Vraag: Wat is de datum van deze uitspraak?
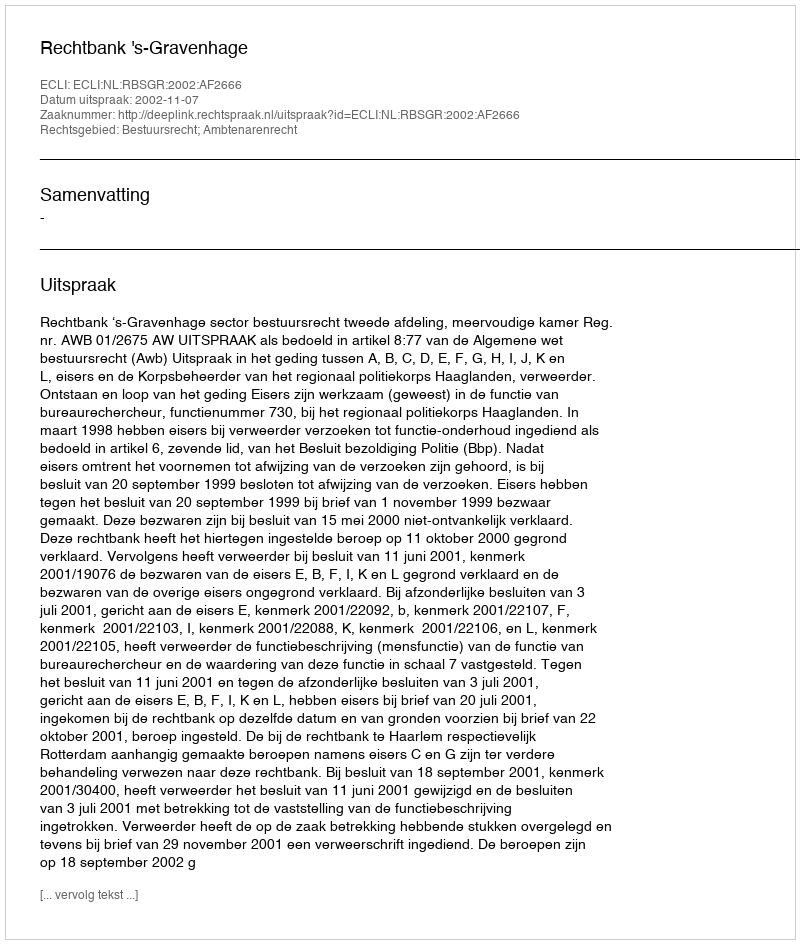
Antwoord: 2002-11-07